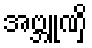
အဗ္ဘူဏှိ